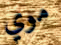
موي